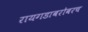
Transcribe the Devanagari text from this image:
रायगडाबरोबरच